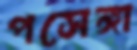
পসেঙ্গা